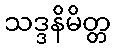
သဒ္ဒနိမိတ္တ